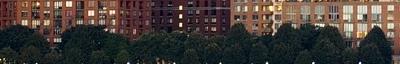
ezen kívül egyéb csecsebecséket nem is kell ide beszerezned